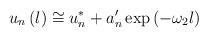
LaTeX: \begin{align*}u_{n}\left( l\right) \cong u_{n}^{*}+a_{n}^{\prime }\exp \left( -\omega_{2}l\right)\end{align*}